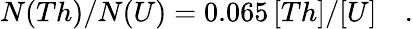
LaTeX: N(Th)/N(U)=0.065\, [Th]/[U]\quad.